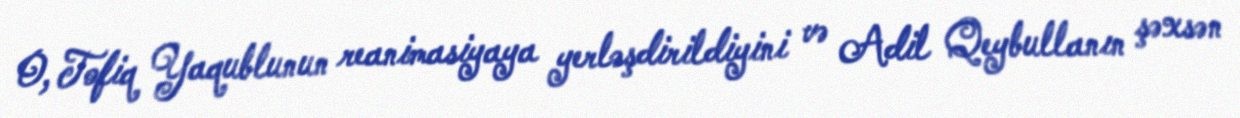
O, Tofiq Yaqublunun reanimasiyaya yerləşdirildiyini və Adil Qeybullanın şəxsən